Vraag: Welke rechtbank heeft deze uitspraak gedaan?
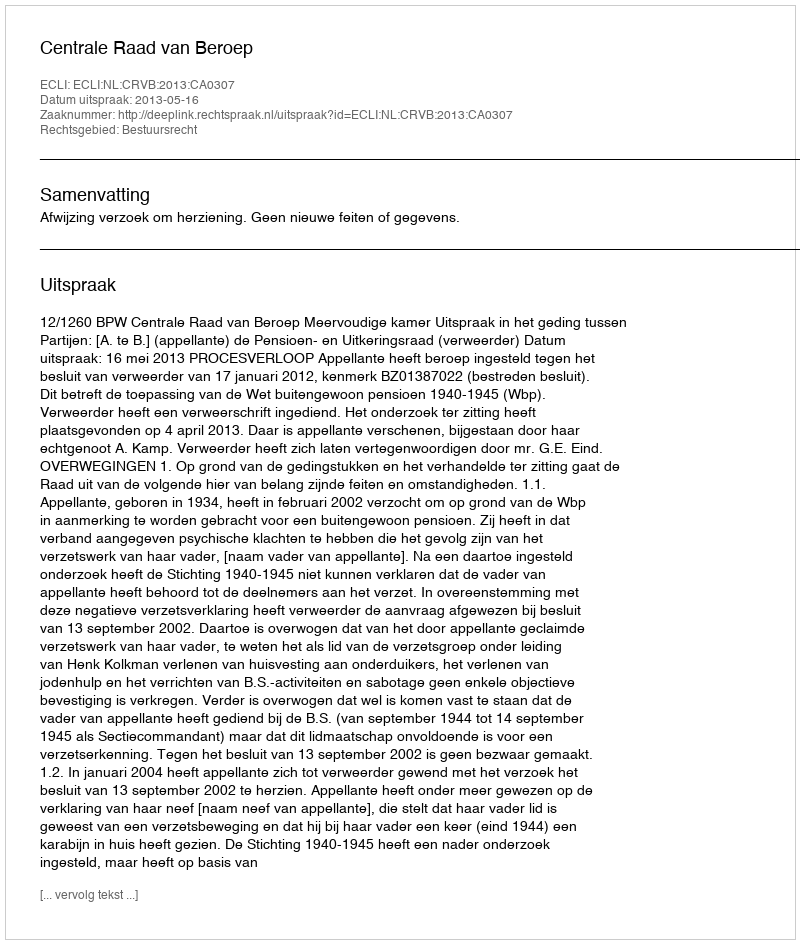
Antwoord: Centrale Raad van Beroep